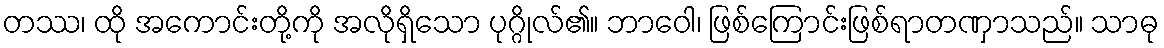
တဿ၊ ထို အကောင်းတို့ကို အလိုရှိသော ပုဂ္ဂိုလ်၏။ ဘာဝေါ၊ ဖြစ်ကြောင်းဖြစ်ရာတဏှာသည်။ သာဓု